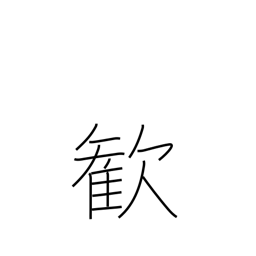
Meaning: delight